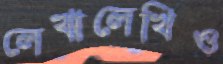
লেখালেখিও